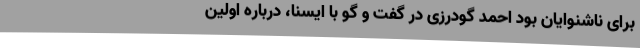
برای ناشنوایان بود احمد گودرزی در گفت و گو با ایسنا، درباره اولین